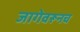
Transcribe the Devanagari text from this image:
जागेवरूनच